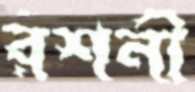
রশনী